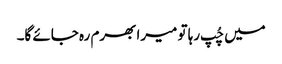
میں چُپ رہا تو میرا بھرم رہ جائے گا۔